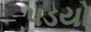
૫ડયો